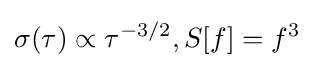
\sigma (\tau )\propto \tau ^{-3/2},S[f]=f^{3}